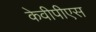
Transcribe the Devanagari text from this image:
केवीपीएस